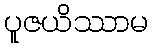
ပူဇယိဿာမ